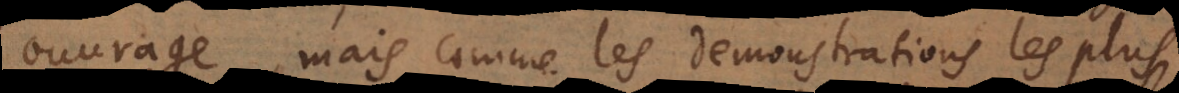
ouvrage, mais comme les demonstrations les plus